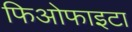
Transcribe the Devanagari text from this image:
फिओफाइटा